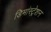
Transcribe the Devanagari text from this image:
डिमांस्ट्रेशन